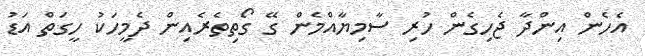
އެހެން އިންދާ ޖެހިގެން ހުރި ސާމިޔާއްމެން ގޭ ގޯތިތެރެއިން ދެމީހަކު ހީގަތް އަޑު